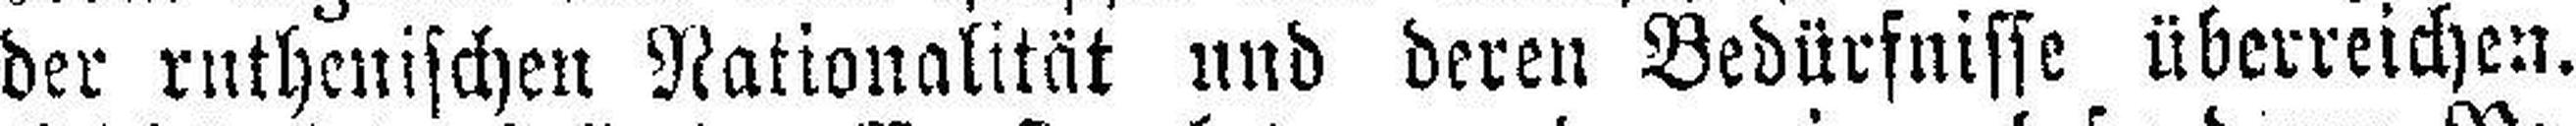
der ruthenischen Nationalität und deren Bedürfnisse überreichen.